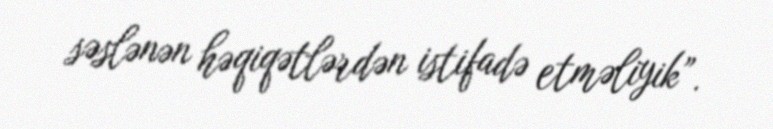
səslənən həqiqətlərdən istifadə etməliyik”.